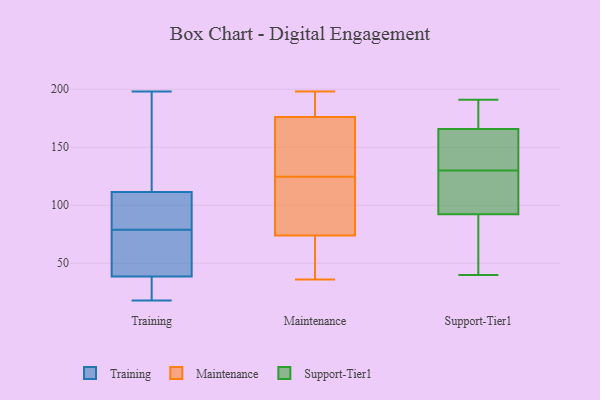
{"axis": {"x": "Temperature (°C)", "y": "Value"}, "legend": ["Maintenance", "Support-Tier1", "Training"], "data": [{"x": "", "y": 18, "type": "Training"}, {"x": "", "y": 42, "type": "Training"}, {"x": "", "y": 197, "type": "Training"}, {"x": "", "y": 112, "type": "Training"}, {"x": "", "y": 35, "type": "Training"}, {"x": "", "y": 24, "type": "Training"}, {"x": "", "y": 105, "type": "Training"}, {"x": "", "y": 76, "type": "Training"}, {"x": "", "y": 33, "type": "Training"}, {"x": "", "y": 111, "type": "Training"}, {"x": "", "y": 198, "type": "Training"}, {"x": "", "y": 82, "type": "Training"}, {"x": "", "y": 73, "type": "Training"}, {"x": "", "y": 84, "type": "Training"}, {"x": "", "y": 119, "type": "Training"}, {"x": "", "y": 47, "type": "Training"}, {"x": "", "y": 36, "type": "Maintenance"}, {"x": "", "y": 101, "type": "Maintenance"}, {"x": "", "y": 74, "type": "Maintenance"}, {"x": "", "y": 187, "type": "Maintenance"}, {"x": "", "y": 50, "type": "Maintenance"}, {"x": "", "y": 125, "type": "Maintenance"}, {"x": "", "y": 198, "type": "Maintenance"}, {"x": "", "y": 37, "type": "Maintenance"}, {"x": "", "y": 183, "type": "Maintenance"}, {"x": "", "y": 192, "type": "Maintenance"}, {"x": "", "y": 74, "type": "Maintenance"}, {"x": "", "y": 169, "type": "Maintenance"}, {"x": "", "y": 158, "type": "Maintenance"}, {"x": "", "y": 124, "type": "Maintenance"}, {"x": "", "y": 103, "type": "Maintenance"}, {"x": "", "y": 134, "type": "Maintenance"}, {"x": "", "y": 191, "type": "Support-Tier1"}, {"x": "", "y": 105, "type": "Support-Tier1"}, {"x": "", "y": 114, "type": "Support-Tier1"}, {"x": "", "y": 165, "type": "Support-Tier1"}, {"x": "", "y": 84, "type": "Support-Tier1"}, {"x": "", "y": 153, "type": "Support-Tier1"}, {"x": "", "y": 168, "type": "Support-Tier1"}, {"x": "", "y": 95, "type": "Support-Tier1"}, {"x": "", "y": 40, "type": "Support-Tier1"}, {"x": "", "y": 179, "type": "Support-Tier1"}, {"x": "", "y": 130, "type": "Support-Tier1"}, {"x": "", "y": 74, "type": "Support-Tier1"}, {"x": "", "y": 157, "type": "Support-Tier1"}]}